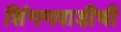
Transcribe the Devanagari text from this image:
शिंगणवाडीची